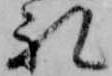
礼